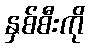
နှစ်စီးကို